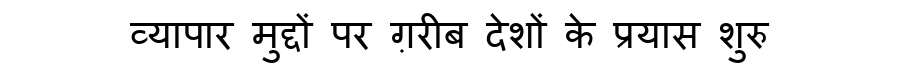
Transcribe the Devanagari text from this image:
व्यापार मुद्दों पर ग़रीब देशों के प्रयास शुरु